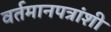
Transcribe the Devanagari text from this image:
वर्तमानपत्रांशी